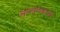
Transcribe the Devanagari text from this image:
सन्तापनाशम्